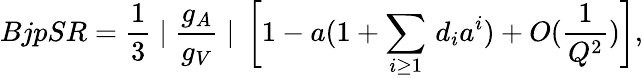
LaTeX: BjpSR=\frac{1}{3}\mid\frac{g_{A}}{g_{V}}\mid\, \bigg[1-a(1+\sum_{i\geq 1}\, d_{i}a^{i})+O(\frac{1}{Q^{2}})\bigg],